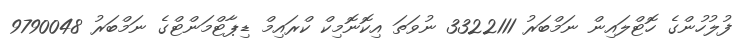
ފުލުހުންގެ ހޮޓްލައިން ނަމްބަރު 3322111 ނުވަތަ އިކޮނޮމިކް ކްރައިމް ޑިޕާޓްމަންޓްގެ ނަމްބަރު 9790048